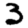
Digit: 3